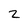
Character: 2